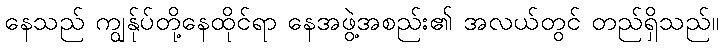
နေသည် ကျွန်ုပ်တို့နေထိုင်ရာ နေအဖွဲ့အစည်း၏ အလယ်တွင် တည်ရှိသည်။